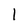
Character: l